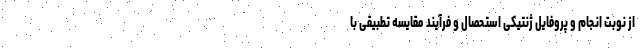
از نوبت انجام و پروفایل ژنتیکی استحصال و فرآیند مقایسه تطبیقی با